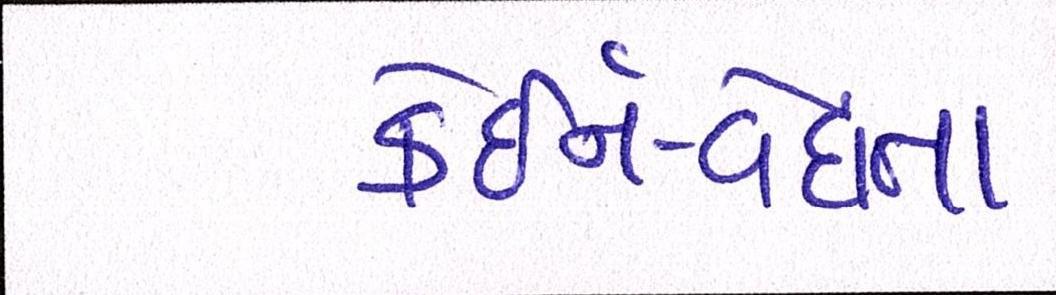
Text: કેઇર્ન-વેદાંતા